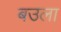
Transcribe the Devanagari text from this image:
बउला